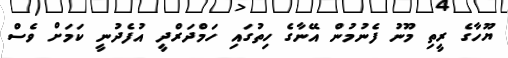
ޔޫހާގެ ރީތި މޫނު ފެނުމުން އޭނާގެ ހިތުގައި ހަމްދަރްދީ އުފެދުނީ ކަމަށް ވެސް